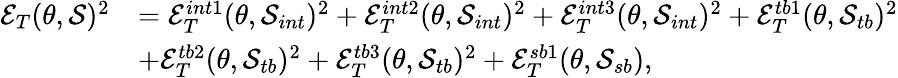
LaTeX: \begin{array}{rl}{\mathcal{E}_{T}(\theta,\mathcal{S})^{2}}&{=\mathcal{E}_{T}^{int1}(\theta,\mathcal{S}_{int})^{2}+\mathcal{E}_{T}^{int2}(\theta,\mathcal{S}_{int})^{2}+\mathcal{E}_{T}^{int3}(\theta,\mathcal{S}_{int})^{2}+\mathcal{E}_{T}^{tb1}(\theta,\mathcal{S}_{tb})^{2}}\\ &{+\mathcal{E}_{T}^{tb2}(\theta,\mathcal{S}_{tb})^{2}+\mathcal{E}_{T}^{tb3}(\theta,\mathcal{S}_{tb})^{2}+\mathcal{E}_{T}^{sb1}(\theta,\mathcal{S}_{sb}),}\end{array}